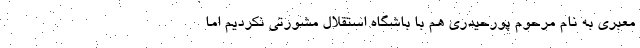
معبری به نام مرحوم پورحیدری هم با باشگاه استقلال مشورتی نکردیم اما